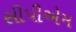
સીપીએમ